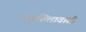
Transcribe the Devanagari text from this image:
तक्षशिलावासी